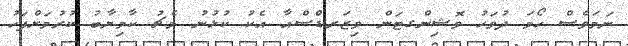
ނަމަވެސް ހޯމަ ދުވަހު ވޮޝިންގޓަން ވިޒަރޑްސްއާ އެކު ކުޅުނު މެޗު ކާމިޔާބު ކުރުމަށްފަހު